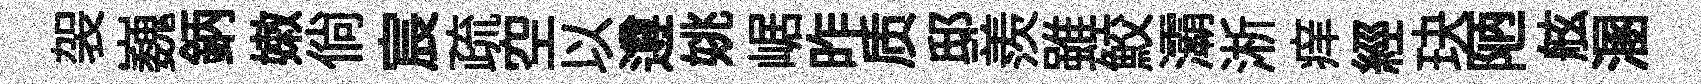
袈巍鈵嫩倘宸疏空以遵姚崌昨质邸羨雖鮫灞淅痒經玦陋舷溷